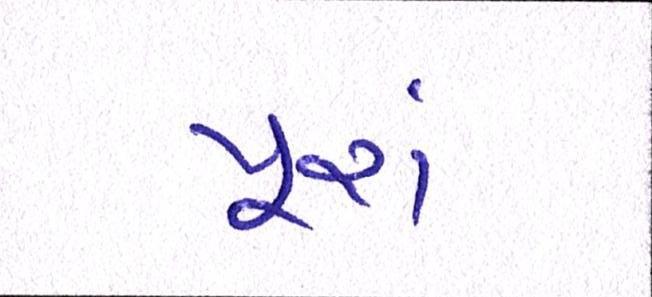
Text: પૂરાં